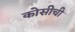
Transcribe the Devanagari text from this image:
कोसीची